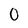
Character: 0